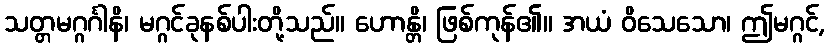
သတ္တမဂ္ဂင်္ဂါနိ၊ မဂ္ဂင်ခုနစ်ပါးတို့သည်။ ဟောန္တိ၊ ဖြစ်ကုန်၏။ အယံ ဝိသေသော၊ ဤမဂ္ဂင်,